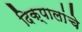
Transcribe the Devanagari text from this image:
दिक्‌पालांचे